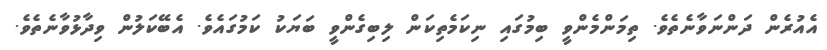
އެއުރެން ދަންނަވާނެތެވެ. ތިމަންމެންވީ ބިމުގައި ނިކަމެތިކަން ލިބިގެންވީ ބަޔަކު ކަމުގައެވެ. އެބޭކަލުން ވިދާޅުވާނެތެވެ.